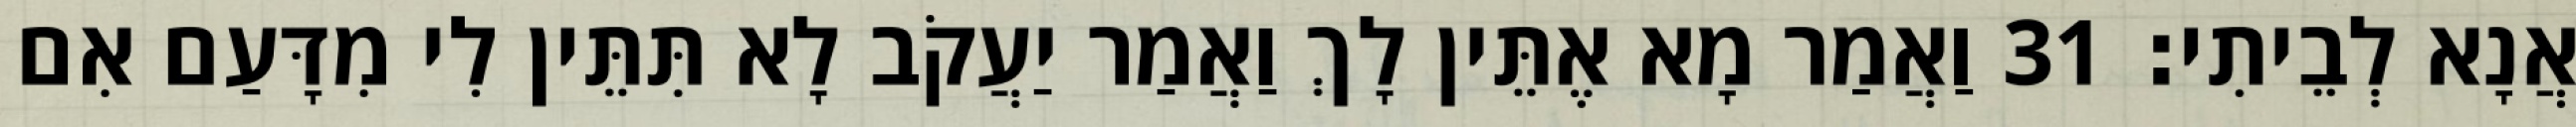
אֲנָא לְבֵיתִי׃ 31 וַאֲמַר מָא אֶתֵּין לָךְ וַאֲמַר יַעֲקֹב לָא תִּתֵּין לִי מִדָּעַם אִם